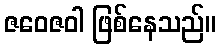
ဇဝေဇဝါ ဖြစ်နေသည်။